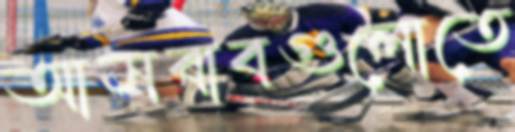
আসবাবগুলোতে